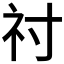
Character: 𥘑